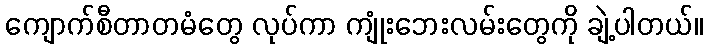
ကျောက်စီတာတမံတွေ လုပ်ကာ ကျုံးဘေးလမ်းတွေကို ချဲ့ပါတယ်။